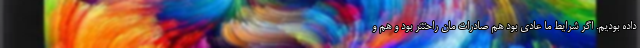
داده بودیم. اگر شرایط ما عادی بود هم صادرات مان راحتتر بود و هم و